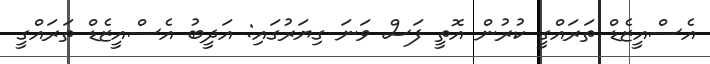
އެސްއީޒެޑް ތަރައްގީ ކުރުން އޮތީ ފަސް ވަނަ ގިޔަރުގައި: އަދީބު އެސްއީޒެޑް ތަރައްގީ